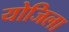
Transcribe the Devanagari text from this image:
योजिला